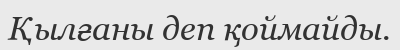
Қылғаны деп қоймайды.